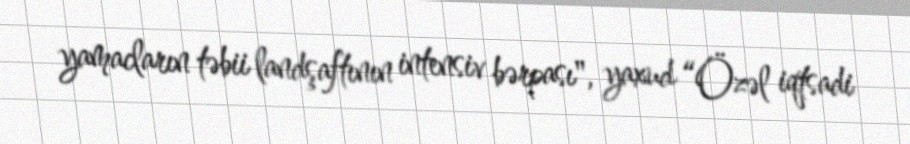
yamacların təbii landşaftının intensiv bərpası", yaxud “Özəl iqtsadi